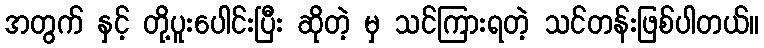
အတွက် နှင့် တို့ပူးပေါင်းပြီး ဆိုတဲ့ မှ သင်ကြားရတဲ့ သင်တန်းဖြစ်ပါတယ်။